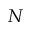
N